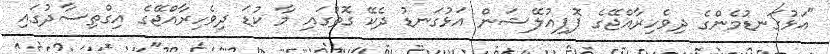
"އަޅުގަނޑުމެންގެ ދިވެހިރާއްޖޭގެ ޕޮޕިއުލޭޝަން އަޅުގަނޑު ދެކޭ ގޮތުގައި މާ ކުޑަ ދިވެހިރާއްޖޭގެ އިގްތިސާދުގައި